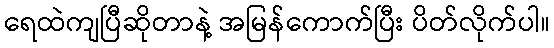
ရေထဲကျပြီဆိုတာနဲ့ အမြန်ကောက်ပြီး ပိတ်လိုက်ပါ။